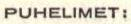
PUHELIMET: